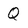
Character: Q